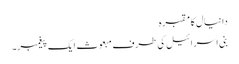
دانیال کا مقبرہ
بنی اسرائیل کی طرف مبعوث ایک پیغمبر۔